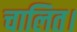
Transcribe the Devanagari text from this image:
चालित।